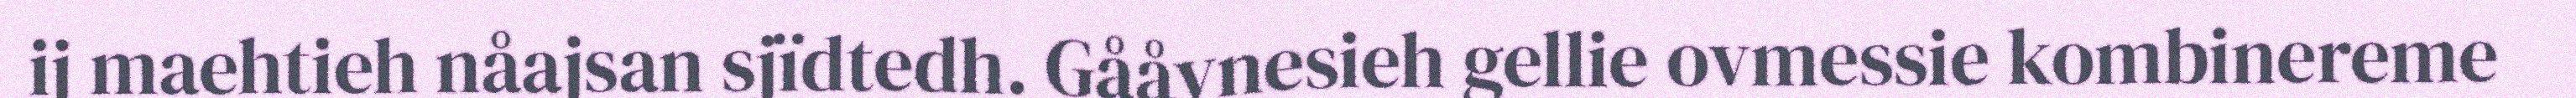
ij maehtieh nåajsan sjïdtedh. Gååvnesieh gellie ovmessie kombinereme